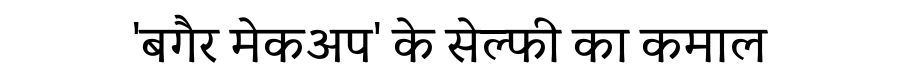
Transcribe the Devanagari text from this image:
'बगैर मेकअप' के सेल्फी का कमाल